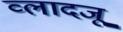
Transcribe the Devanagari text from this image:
व्लादजू